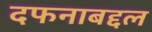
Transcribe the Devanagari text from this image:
दफनाबद्दल